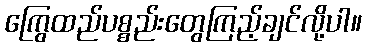
ကြွေထည်ပစ္စည်းတွေကြည့်ချင်လို့ပါ။